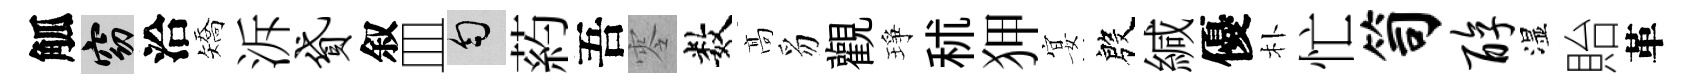
觚窈洽矯泝贷叙皿匀葯吾零数髙豸觀琤秫狎宴殷緘優朴忙笥醇湿貽革